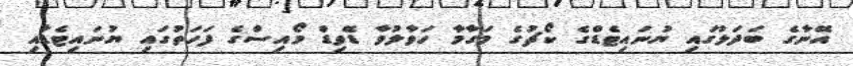
އޭނާގެ ބަދަލުގައި ޔުނައިޓެޑްގެ ކޯޗުގެ މަގާމާ ހަވާލުވާ ޑޭވިޑް މޯއިސްގެ ފަހަތުގައި ޔުނައިޓެޑާއި